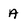
Character: A